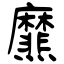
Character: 爢